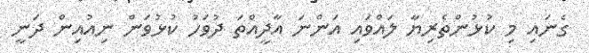
ގެނައި މި ކުޅުންތެރިޔާ ލައްވައި އަންނަ އާދީއްތަ ދުވަހު ކުޅުވަން ނިއުއިން ދަނީ